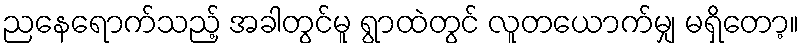
ညနေရောက်သည့် အခါတွင်မူ ရွာထဲတွင် လူတယောက်မျှ မရှိတော့။